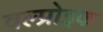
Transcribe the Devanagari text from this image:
वल्प्रोइक